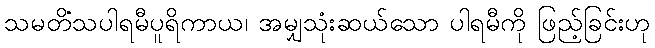
သမတိံသပါရမီပူရိကာယ၊ အမျှသုံးဆယ်သော ပါရမီကို ဖြည့်ခြင်းဟု